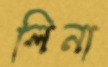
লিনা